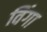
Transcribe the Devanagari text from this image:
विंगा